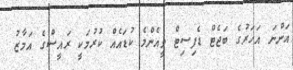
އަންނަ އަހަރުގެ ބަޖެޓް ޑެފިސިޓް ވީއެންމެ ކުޑައެއް ކުރުމަކީ ރައީސްގެ އަމާޒު